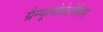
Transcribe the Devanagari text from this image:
ग्रैन्यूलोमेटोसिस